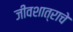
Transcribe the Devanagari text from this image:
जीवशात्राचे